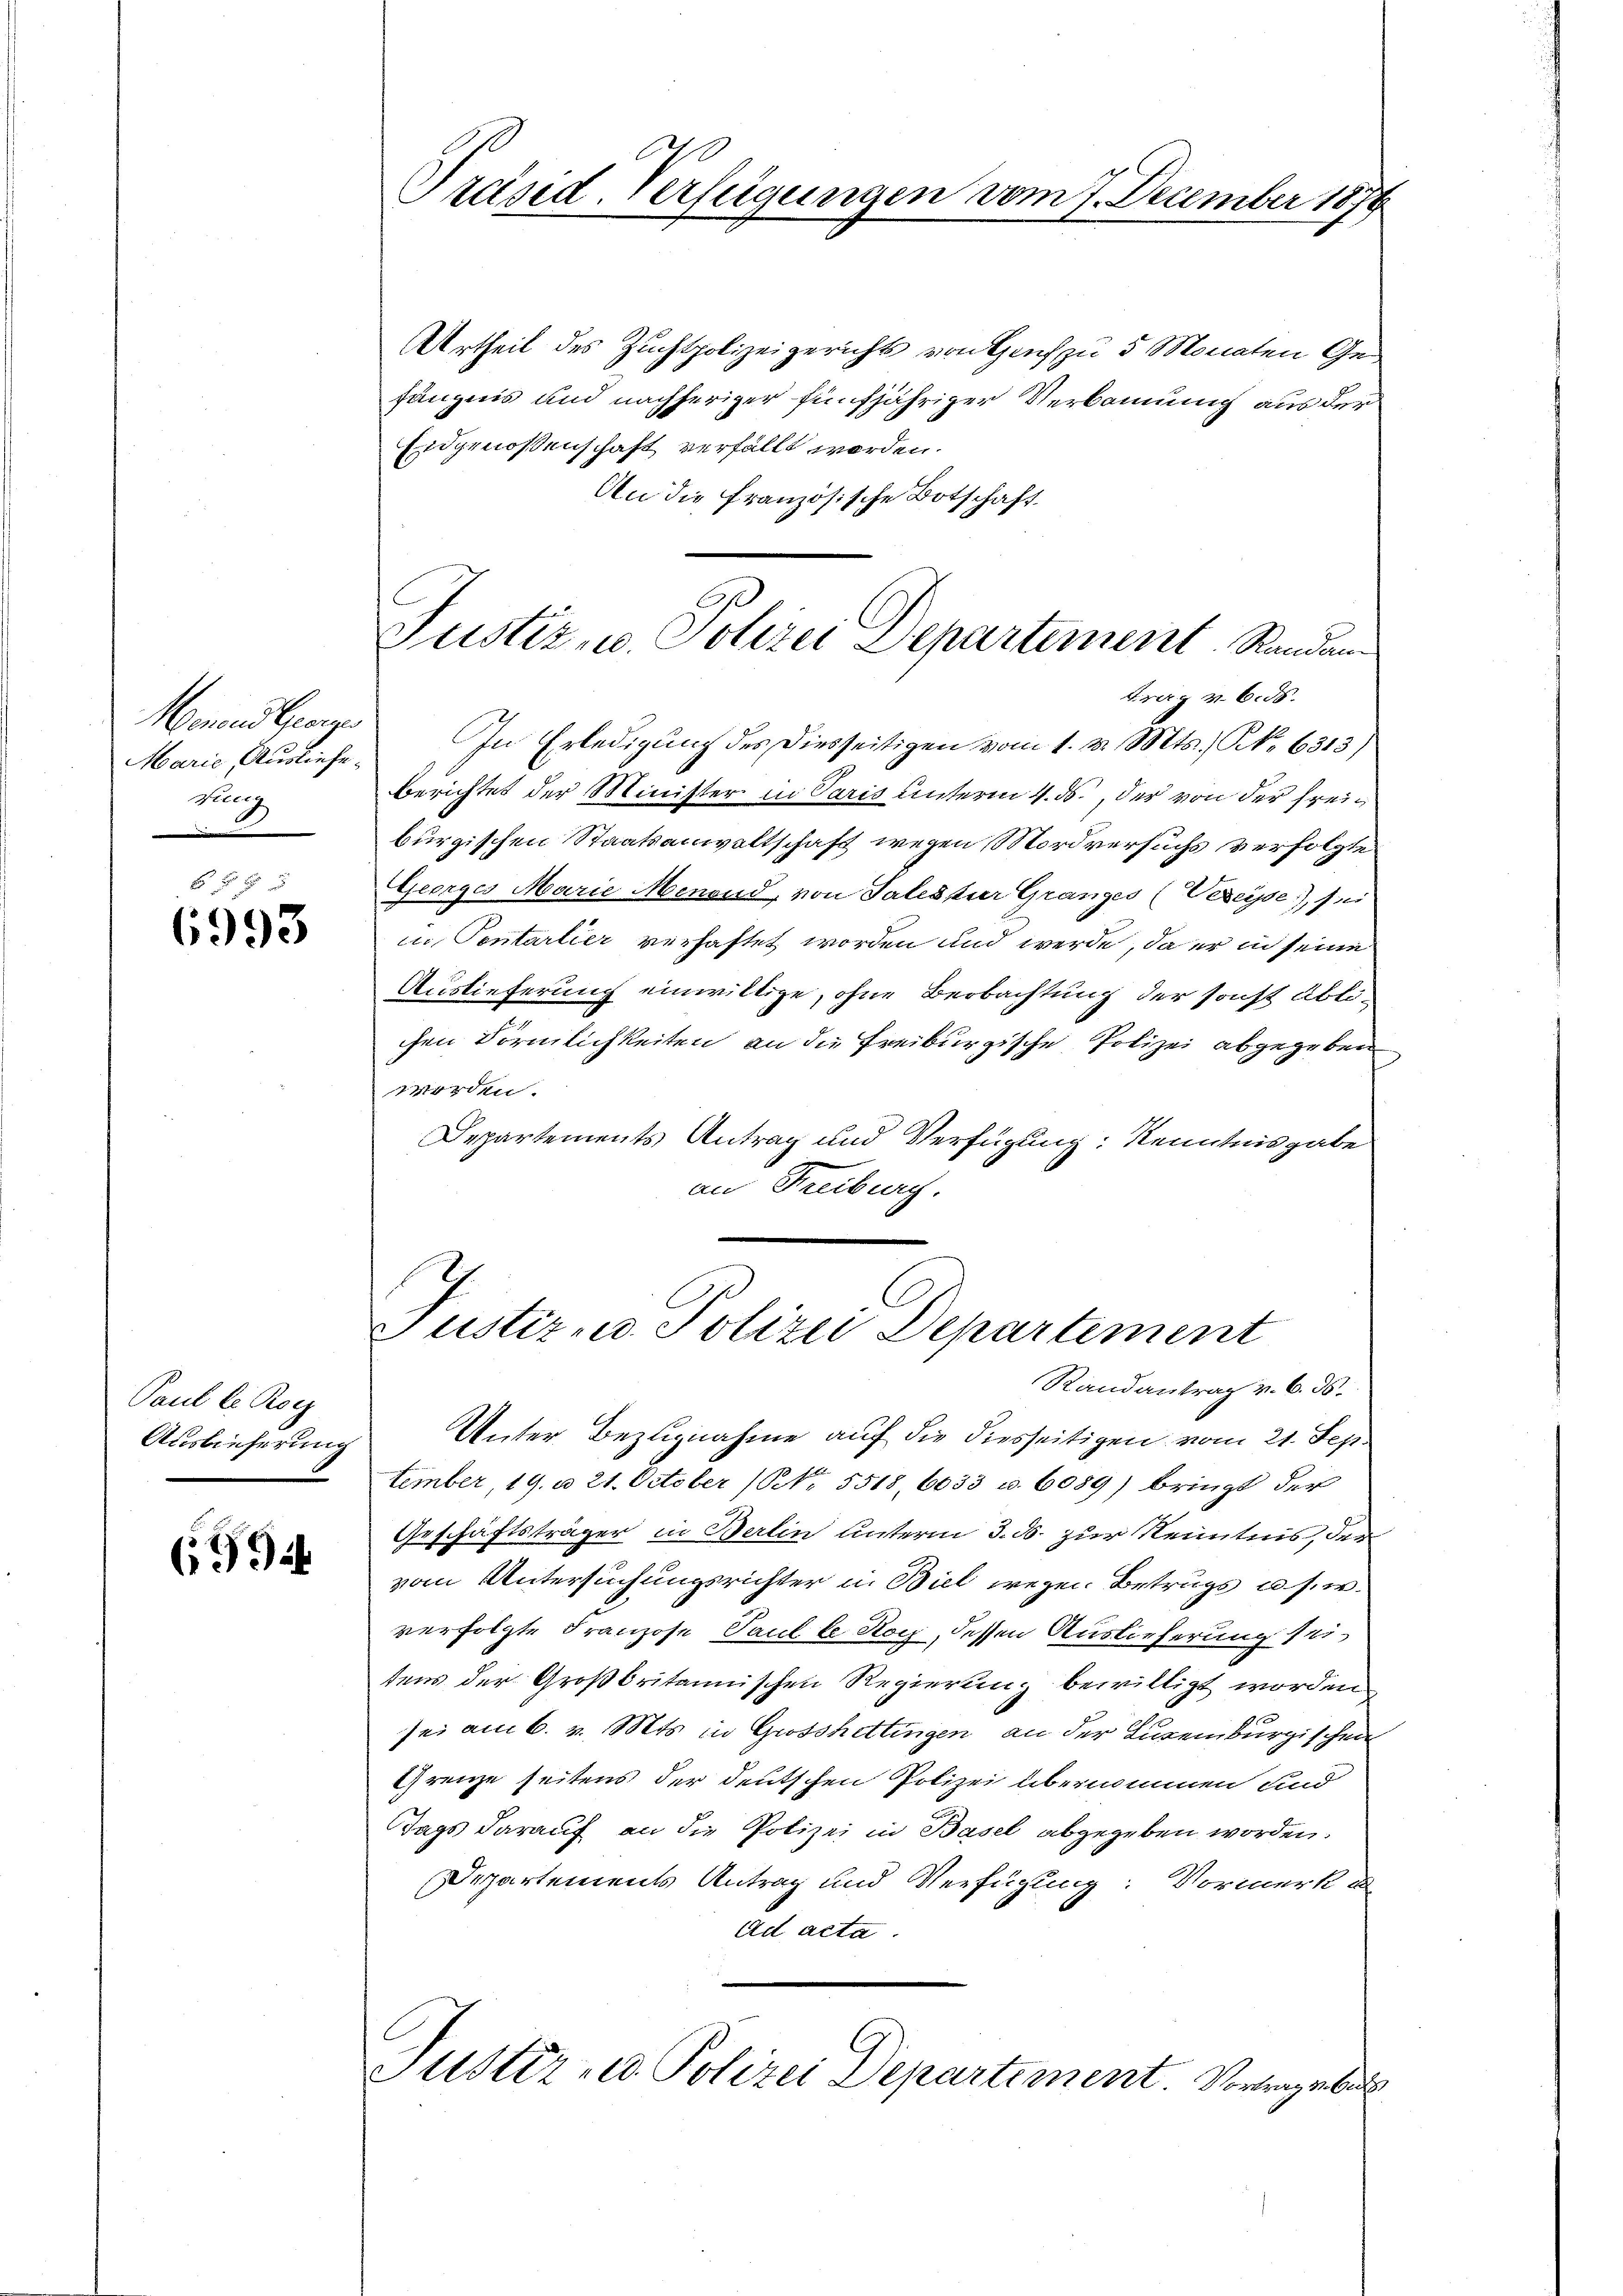
Marie, Ausliefe.
dung

6 f 0 x
6993

Paul le Roc
Auslieferung

6994

Präsid. Verfügungen vom 7. December 187.

Urtheil des Zuchtpolizeigerichts von Genf zu 5 Monaten Gefängnis und nachheriger fünfjähriger Verbannung aus der
Eidgenoßenschaft verfällt worden.
An die französische Botschaft

Merend George. In Erledigung des Diesseitigen vom 1. v. Mts., N. 6513)
berichtet der Minister in Paris unterm 4. ds., der von der freiburgischen Staatsanwaltschaft wegen Mordversuchs verfolgte
Georges Marie Menond, von Salister Gränz(...)(Veseyse), sei
in Sontarlier verhaftet worden und werde, da er in seine
Auslieferung einwillige, ohne Beobachtung der sonst ablichen Förmlichkeiten, an die Freiburgische Polizei abgegeben
worden.
Departements Antrag und Verfügung: Kenntnisgabe
an Freiburg.

s
Justiz u. Polizei Departement, Randan
Frag v. 6. ds.

Justiz- u Polizei Departement
Randantrag v. 6. ds.
Unter Bezugnahme auf die diesseitigen vom 21. Sep.

tember, 19. u 21. October (Nr. 5518, 6033 u. 6089) bringt der
Geschäftsträger in Berlin unterm 3. d. zur Kenntnis, der
vom Untersuchungsrichter in Biel wegen Betrugs u. s. w.
verfolgte Franzose, Paul le Koch, dessen Auslieferung seitens der Großbritannischen Regierung bewilligt worden
sei am 6. v. Mts. in Groschettingen an der Luxenburgischen
Grenze seitens der deutschen Polizei übernommen und
Tags darauf an die Polizei in Basel abgegeben worden.
Departements Antrag und Verfügung: Vormerk a
Ad acta.

Justiz - Polizei Departement. Vortrage bes